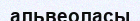
альвеоласы